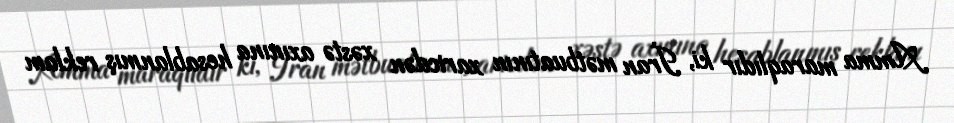
Amma maraqlıdır ki, İran mətbuatının xaricdən xəstə axınına hesablanmış reklam